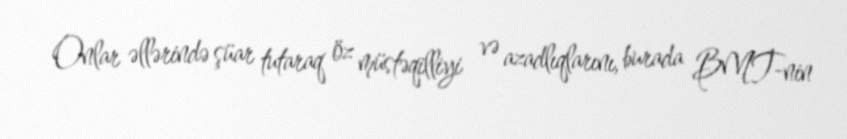
Onlar əllərində şüar tutaraq öz müstəqilliyi və azadlıqlarını, burada BMT-nin